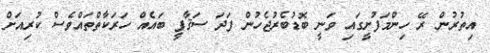
އިތުރުން ރޭ ހިންމަފުށީގައި ވަނީ ބޮޑުބެރުޖެހުން ފަދަ ސަޤާފީ ބައެއް ހަރަކާތްތައްވެސް ކުރިއަށް